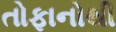
તોફાનોથી